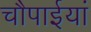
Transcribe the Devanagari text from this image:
चौपाईयां